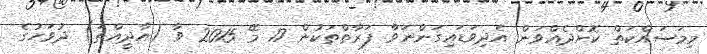
މިމަސައްކަތް ކޮށްދެއްވަން އެދިވަޑައިގަންނަވާ ފަރާތްތަކުން 17 މޭ 2015 ވާ (އާދީއްތަ) ދުވަހުގެ